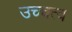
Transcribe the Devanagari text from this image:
उच्चत्व